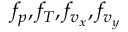
f _ { p } , f _ { T } , f _ { v _ { x } } , f _ { v _ { y } }